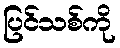
ပြင်သစ်ကို